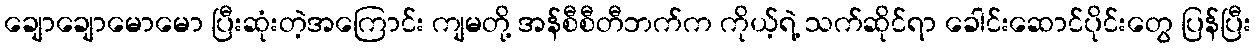
ချောချောမောမော ပြီးဆုံးတဲ့အကြောင်း ကျမတို့ အန်စီစီတီဘက်က ကိုယ့်ရဲ့ သက်ဆိုင်ရာ ခေါင်းဆောင်ပိုင်းတွေ ပြန်ပြီး